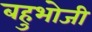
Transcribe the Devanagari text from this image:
बहुभोजी